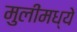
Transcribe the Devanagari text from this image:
मुलींमध्ये